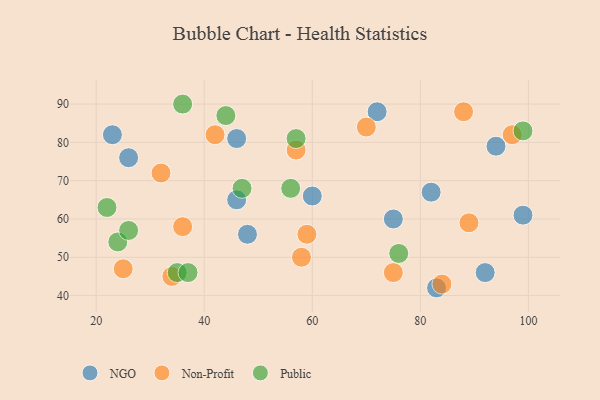
{"axis": {"x": "GDP", "y": "Life Expectancy"}, "legend": ["NGO", "Non-Profit", "Public"], "data": [{"x": "60", "y": 66, "type": "NGO"}, {"x": "26", "y": 76, "type": "NGO"}, {"x": "46", "y": 81, "type": "NGO"}, {"x": "23", "y": 82, "type": "NGO"}, {"x": "99", "y": 61, "type": "NGO"}, {"x": "75", "y": 60, "type": "NGO"}, {"x": "92", "y": 46, "type": "NGO"}, {"x": "94", "y": 79, "type": "NGO"}, {"x": "46", "y": 65, "type": "NGO"}, {"x": "82", "y": 67, "type": "NGO"}, {"x": "72", "y": 88, "type": "NGO"}, {"x": "48", "y": 56, "type": "NGO"}, {"x": "83", "y": 42, "type": "NGO"}, {"x": "84", "y": 43, "type": "Non-Profit"}, {"x": "57", "y": 78, "type": "Non-Profit"}, {"x": "34", "y": 45, "type": "Non-Profit"}, {"x": "36", "y": 58, "type": "Non-Profit"}, {"x": "25", "y": 47, "type": "Non-Profit"}, {"x": "88", "y": 88, "type": "Non-Profit"}, {"x": "70", "y": 84, "type": "Non-Profit"}, {"x": "42", "y": 82, "type": "Non-Profit"}, {"x": "32", "y": 72, "type": "Non-Profit"}, {"x": "59", "y": 56, "type": "Non-Profit"}, {"x": "97", "y": 82, "type": "Non-Profit"}, {"x": "75", "y": 46, "type": "Non-Profit"}, {"x": "89", "y": 59, "type": "Non-Profit"}, {"x": "58", "y": 50, "type": "Non-Profit"}, {"x": "22", "y": 63, "type": "Public"}, {"x": "47", "y": 68, "type": "Public"}, {"x": "99", "y": 83, "type": "Public"}, {"x": "24", "y": 54, "type": "Public"}, {"x": "56", "y": 68, "type": "Public"}, {"x": "57", "y": 81, "type": "Public"}, {"x": "44", "y": 87, "type": "Public"}, {"x": "35", "y": 46, "type": "Public"}, {"x": "76", "y": 51, "type": "Public"}, {"x": "26", "y": 57, "type": "Public"}, {"x": "37", "y": 46, "type": "Public"}, {"x": "36", "y": 90, "type": "Public"}]}